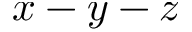
x - y - z